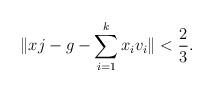
LaTeX: \begin{align*}\| xj-g-\sum_{i=1}^k x_iv_i\|<\frac{2}{3}.\end{align*}